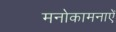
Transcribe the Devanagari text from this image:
मनोकामनाऐं